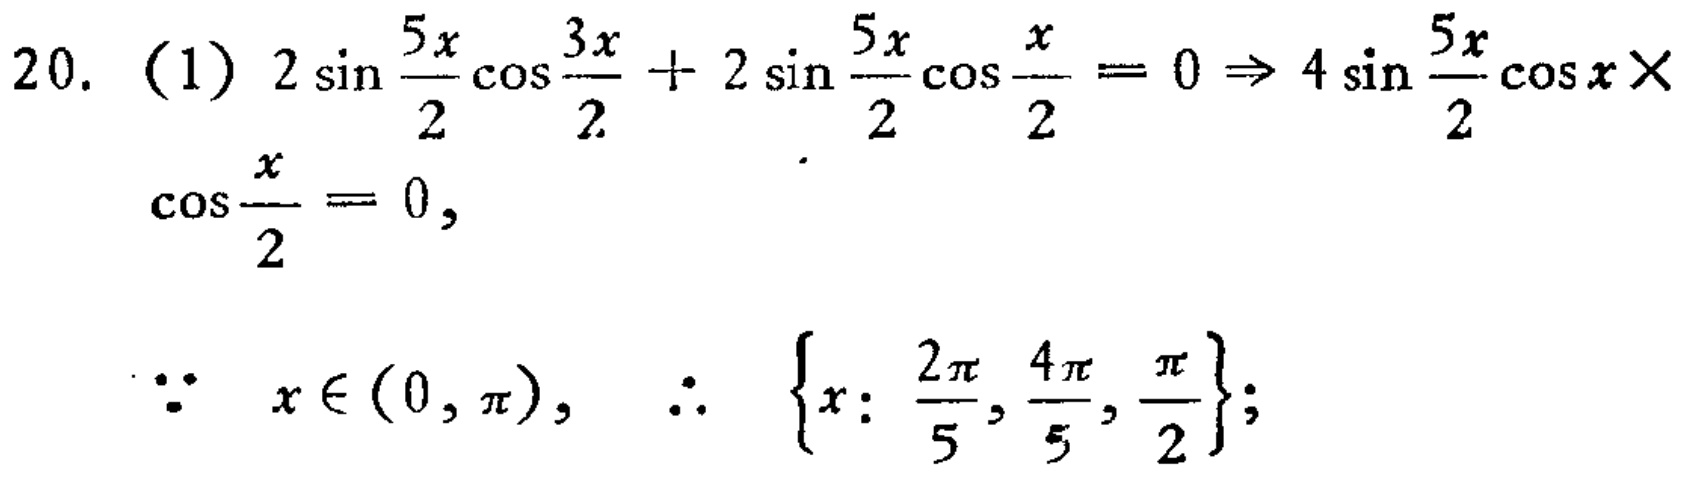
20. (1) \(2\sin\frac{5x}{2}\cos\frac{3x}{2}+2\sin\frac{5x}{2}\cos\frac{x}{2}=0\Rightarrow 4\sin\frac{5x}{2}\cos x\times\cos\frac{x}{2}=0\)，
\(\because x\in(0,\pi),\therefore \{x:\frac{2\pi}{5},\frac{4\pi}{5},\frac{\pi}{2}\}\)；